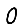
Digit: 0